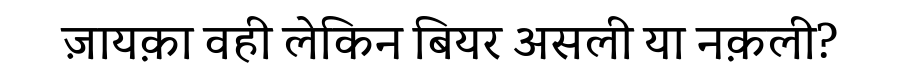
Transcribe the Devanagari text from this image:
ज़ायक़ा वही लेकिन बियर असली या नक़ली?